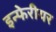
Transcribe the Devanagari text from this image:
इन्फेरीयर